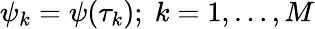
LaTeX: \psi_{k}=\psi(\tau_{k});\; k=1,\dots,M